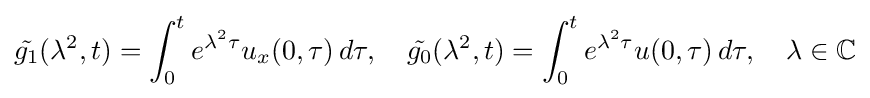
{\tilde {g_{1}}}(\lambda ^{2},t)=\int _{0}^{t}e^{\lambda ^{2}\tau }u_{x}(0,\tau )\,d\tau ,\quad {\tilde {g_{0}}}(\lambda ^{2},t)=\int _{0}^{t}e^{\lambda ^{2}\tau }u(0,\tau )\,d\tau ,\quad \lambda \in \mathbb {C}